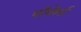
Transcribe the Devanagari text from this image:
पोकेर्स